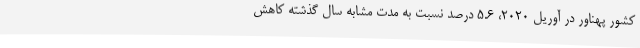
کشور پهناور در آوریل 2020، 5.6 درصد نسبت به مدت مشابه سال گذشته کاهش